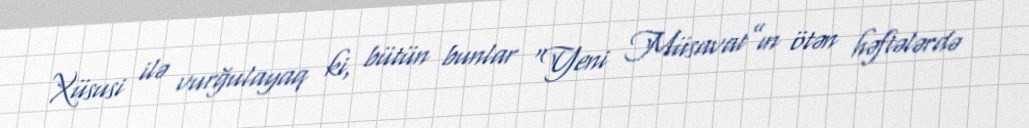
Xüsusi ilə vurğulayaq ki, bütün bunlar “Yeni Müsavat”ın ötən həftələrdə